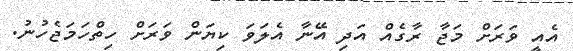
އެއީ ވަރަށް މަޖާ ރާގެއް އަދި އޭނާ އެލަވަ ކިޔަން ވަރަށް ހިތްހަމަޖެހުނު.